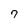
Character: 7